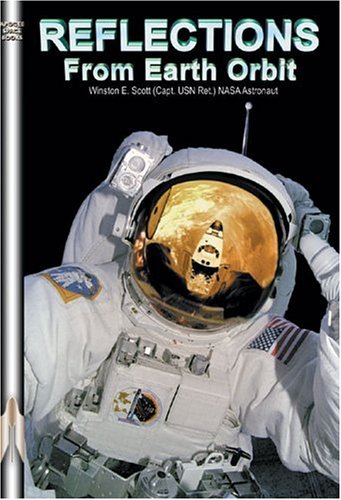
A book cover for Reflections from Earth Orbit (Apogee Books Space Series); Captain Winston E. Scott; Travel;